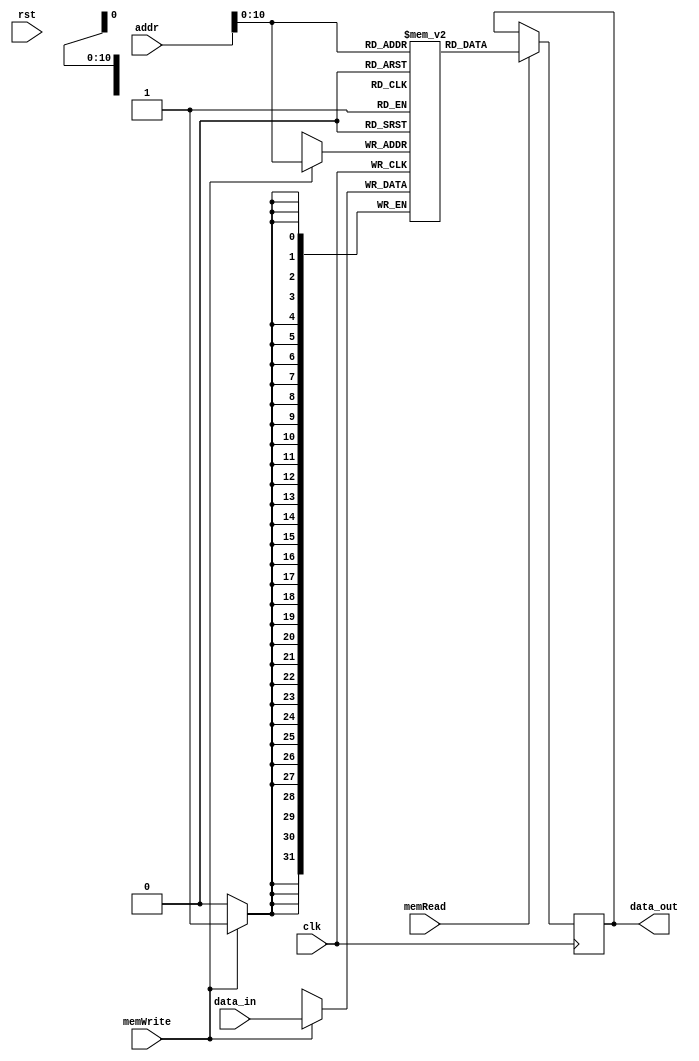
module dataMem(
	addr,
	clk, rst,
	data_in,
	data_out,
	memRead,
	memWrite);


input [31:0] addr;
input clk, rst;
input [31:0] data_in;
output reg [31:0] data_out;
input memRead;
input memWrite;
reg [31:0] musaRAM [0:2047];

always @(posedge clk) begin
	if (memRead) begin
		data_out <= musaRAM [addr];
	end
end

always @(posedge clk) begin
	if (memWrite) 
		musaRAM [addr] <= data_in;
end
 
endmodule